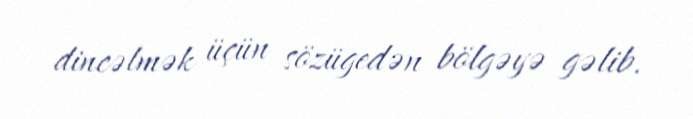
dincəlmək üçün sözügedən bölgəyə gəlib.